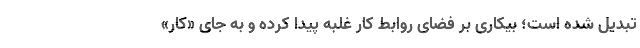
تبدیل شده است؛ بیکاری بر فضای روابط کار غلبه پیدا کرده و به جای «کار»